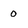
Character: 0